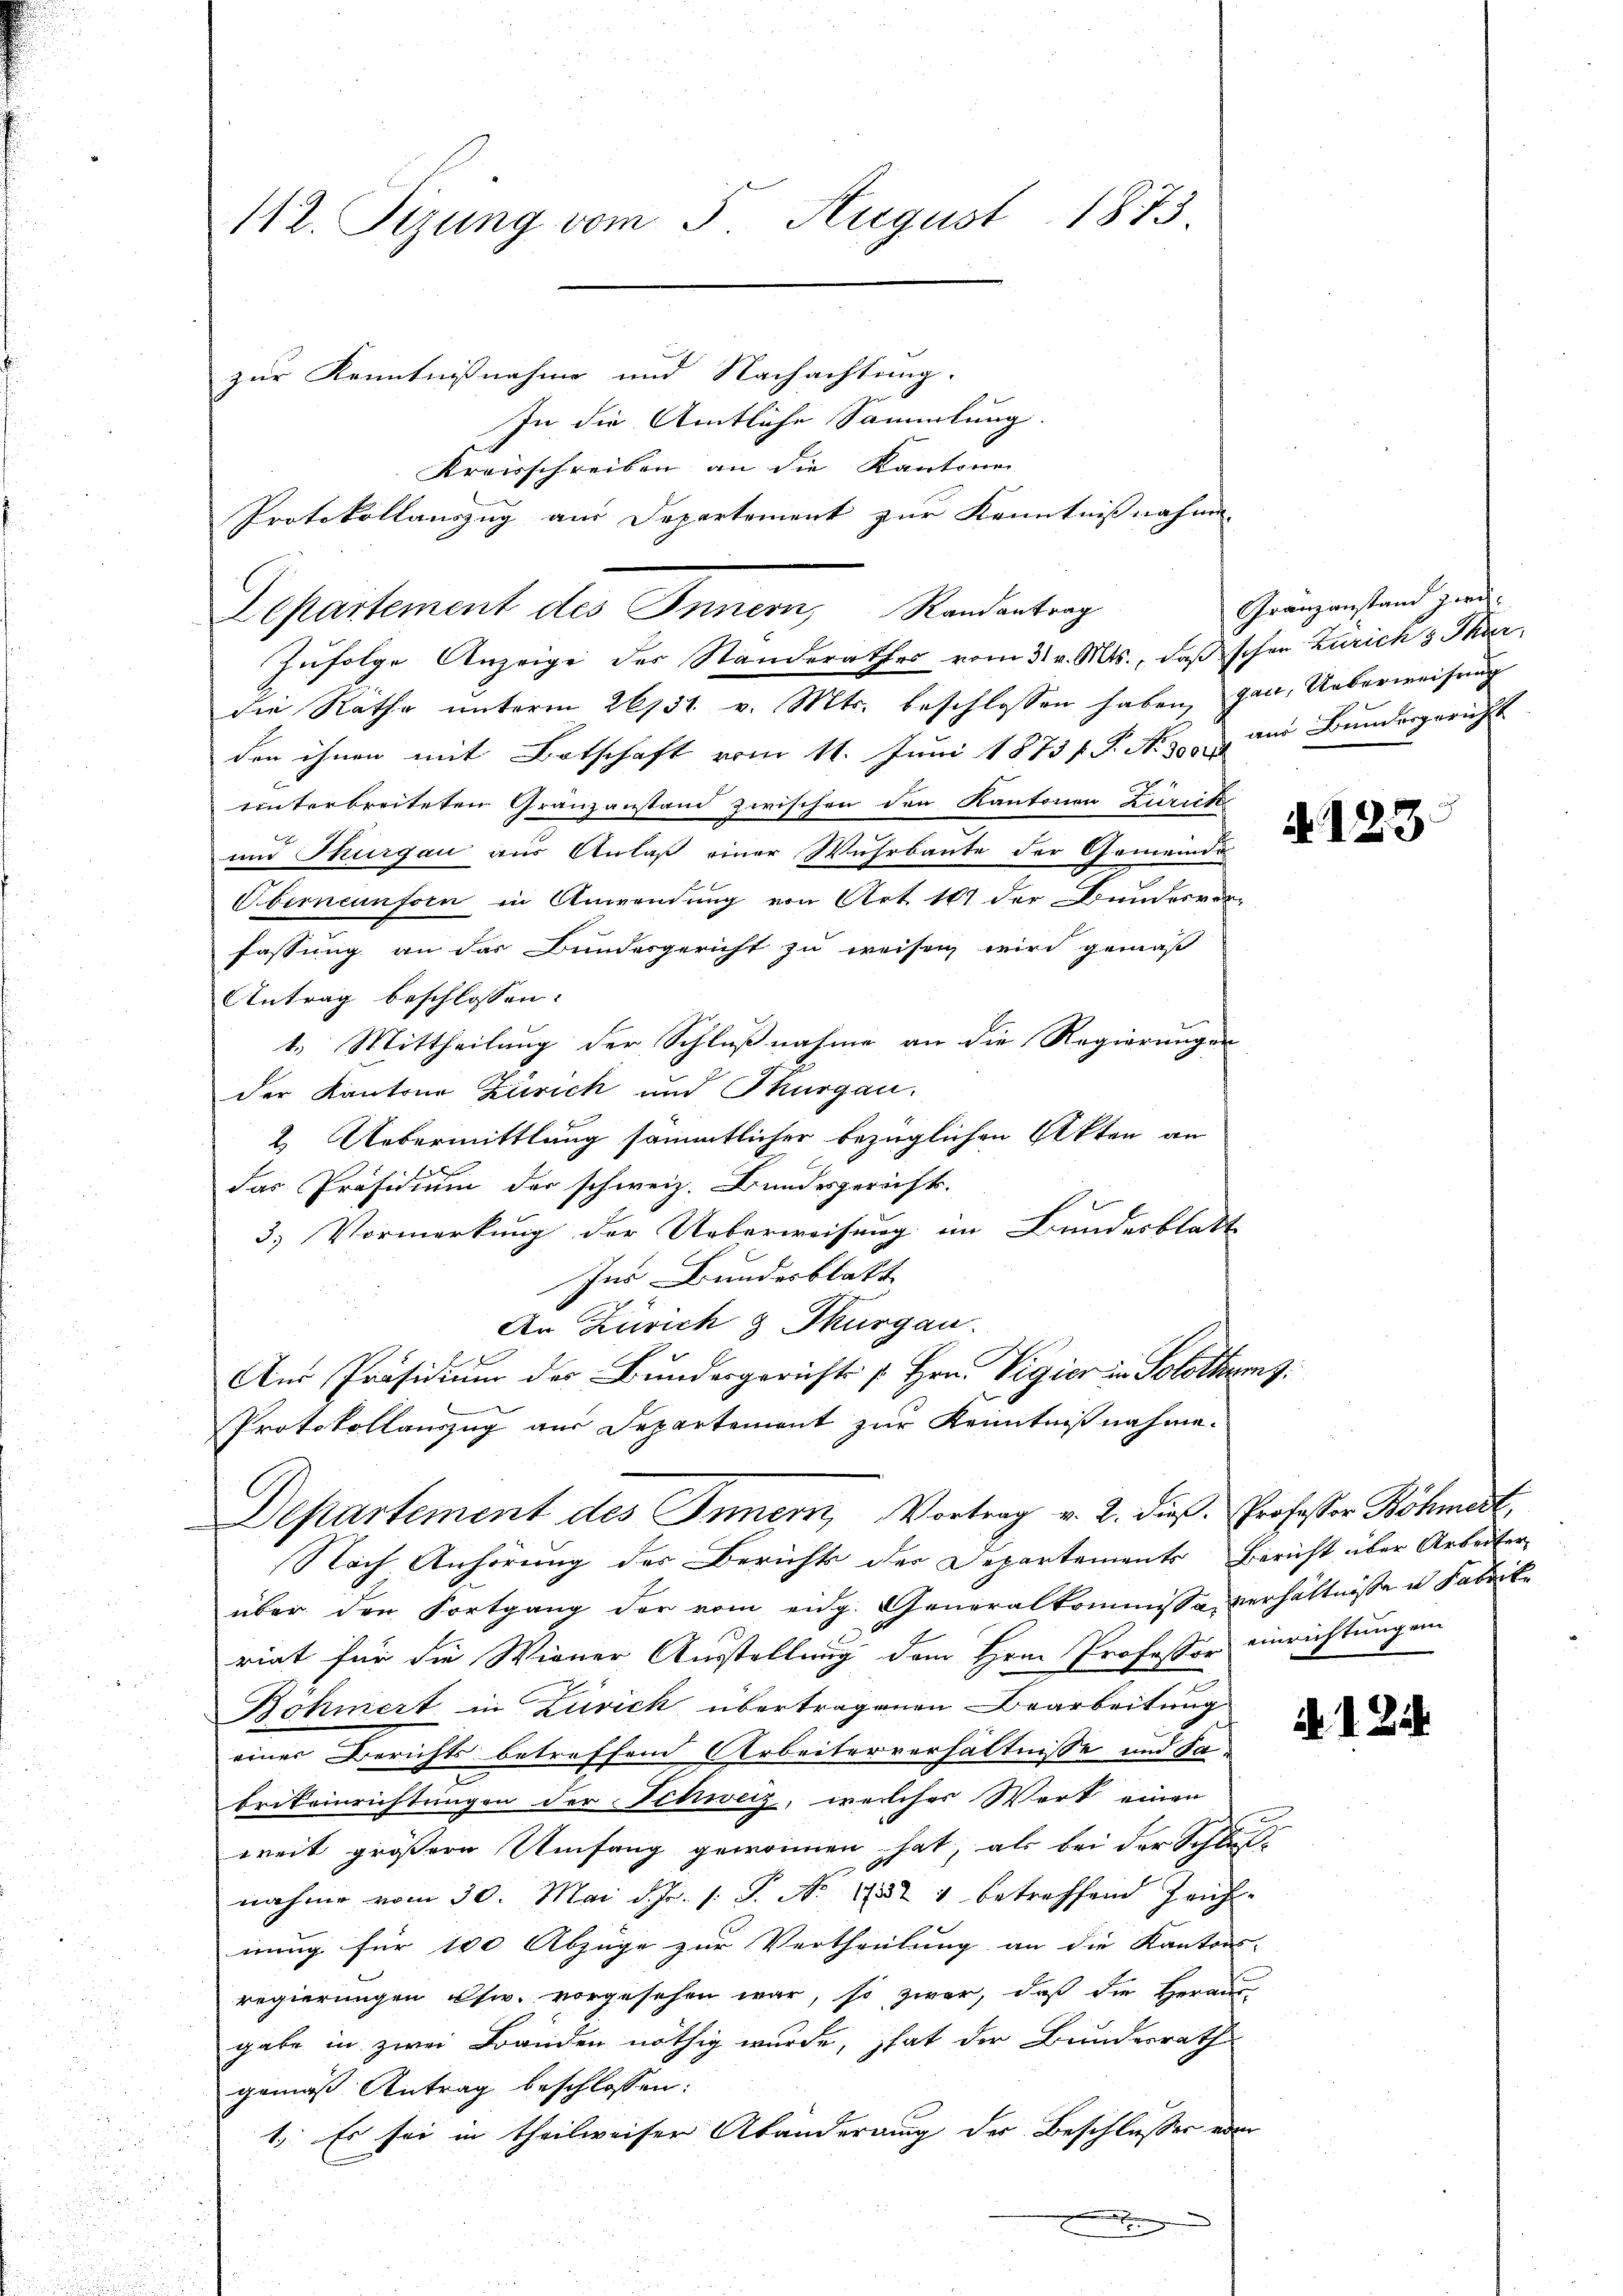
u
d

112. Sizung vom 5. August 1873.
zur Kenntnißnahme und Nachachtung.

die Rathe unterm 26131. v. Mts. beschlossen haben, gan, Ueberweisung
den ihnen mit Botschaft vom 11. Juni 1873 f. P. N. 300 und Bundesgericht
uinterbreiteten Gränzanstand zwischen den Kantonen Zürich
und Thurgau aus Anlaß einer Wuhrbaute der Gemeindes
Oberneunforn in Anwendung von Art. 101 der Bundesver-
fassung an das Bundesgericht zu weisen wird gemäß
Antrag beschlossen:
1. Mittheilung der Schlußnahme an die Regierungen
der Kantons Zürich und Thurgau.
2. Uebermittlung sämmtlicher bezüglichen Akten an
.
das Präsidium der schweiz. Bundesgerichts-
3.) Vormerkung der Ueberweisung im Bundesblatt
Ins Bundesblatt
An Zürich & Thurgau.
Aus Präsidium des Bundesgerichts u Hrn. Vigier in Solothurg.
Protokollauszug aus Departement zur Kenntnißnahme.
Departement des Innern, Vortrag v. 2. dieß Professor Böhmert,
Nach Anhörung der Berichts der Departements Bericht über Arbeiter
über den Fortgang der vom eidg. Generalkommissaverhältnisse u Fabrikriat für die Wiener Ausstellung dem Hrn. Professor einrichtungen
Böhmert in Zürich übertragenen Bearbeitung
einer Berichts betreffend Arbeiterverhältnisse und Fa-
brikeinrichtungen der Schweiz, welches Wort einen
weit größern Umfang gewonnen hat, als bei der Schlaf-
nahme vom 30. Mai d. Js. s. S. Nr. 1874 betreffend Jauch
nung für 100 Abzüge zur Vertheilung an die Kantons-
regierungen usw. vorgesehen war, so zwar, daß die Heraus
gabe in zwei Bänden nöthig wurde, hat der Bundesrath
gemäß Antrag beschlossen:
1. Es sei in theilweiser Abänderung der Beschlusser eine
.

Departement des Innern, Standentrag
Zufolge Anzeige des Standerathes vom 31. v. Mts., daß schon Zürich & Thur¬

In die Amtliche Sammlung.
Kreisschreiben an die Kantonen
Protokollauszug aus Departement zur Kenntnißnahme

Granzanstand zwei¬

N. 123.

1 Zi